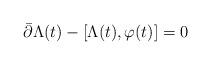
LaTeX: \begin{align*}\bar{\partial}\Lambda(t)-[\Lambda(t),\varphi(t)]=0 \,\,\,\,\,\,\,\, \end{align*}